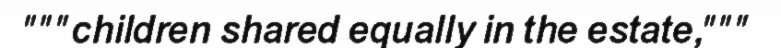
"""children shared equally in the estate,"""